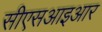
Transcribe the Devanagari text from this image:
सीएसआइआर